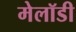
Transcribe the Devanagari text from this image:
मेलॉडी